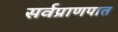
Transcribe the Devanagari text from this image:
सर्वप्राणपात